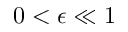
0 < \epsilon \ll 1